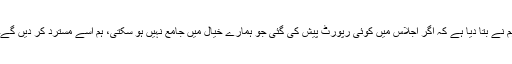
ہم نے بتا دیا ہے کہ اگر اجلاس میں کوئی رپورٹ پیش کی گئی جو ہمارے خیال میں جامع نہیں ہو سکتی، ہم اسے مسترد کر دیں گے۔